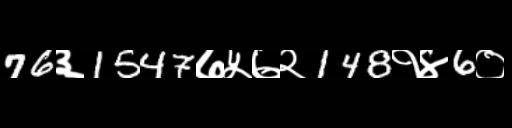
Text: 76३1547७५७२148१४6०